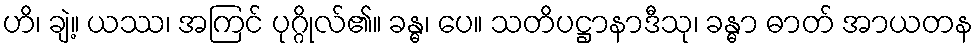
ဟိ၊ ချဲ့။ ယဿ၊ အကြင် ပုဂ္ဂိုလ်၏။ ခန္ဓ၊ ပေ။ သတိပဋ္ဌာနာဒီသု၊ ခန္ဓာ ဓာတ် အာယတန